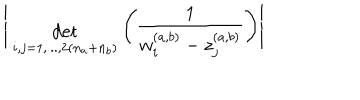
\Bigg | { \; \atop { \mathrm { d e t } \atop { \scriptstyle i , j = 1 , . . . , 2 ( n _ { a } + n _ { b } ) } } } \Bigg ( \frac { 1 } { w _ { i } ^ { ( a , b ) } - z _ { j } ^ { ( a , b ) } } \Bigg ) \Bigg |